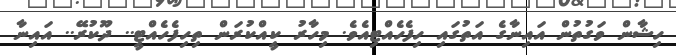
ހިޝާން ވަގުތުން އައިނާގެ އަތުގައި ހިފެހެއްޓިއެވެ. މިހާރު ކީއްކުރަން ތިހިފެހެއްޓީ.. ދޫކުރޭ.. އައިނާ